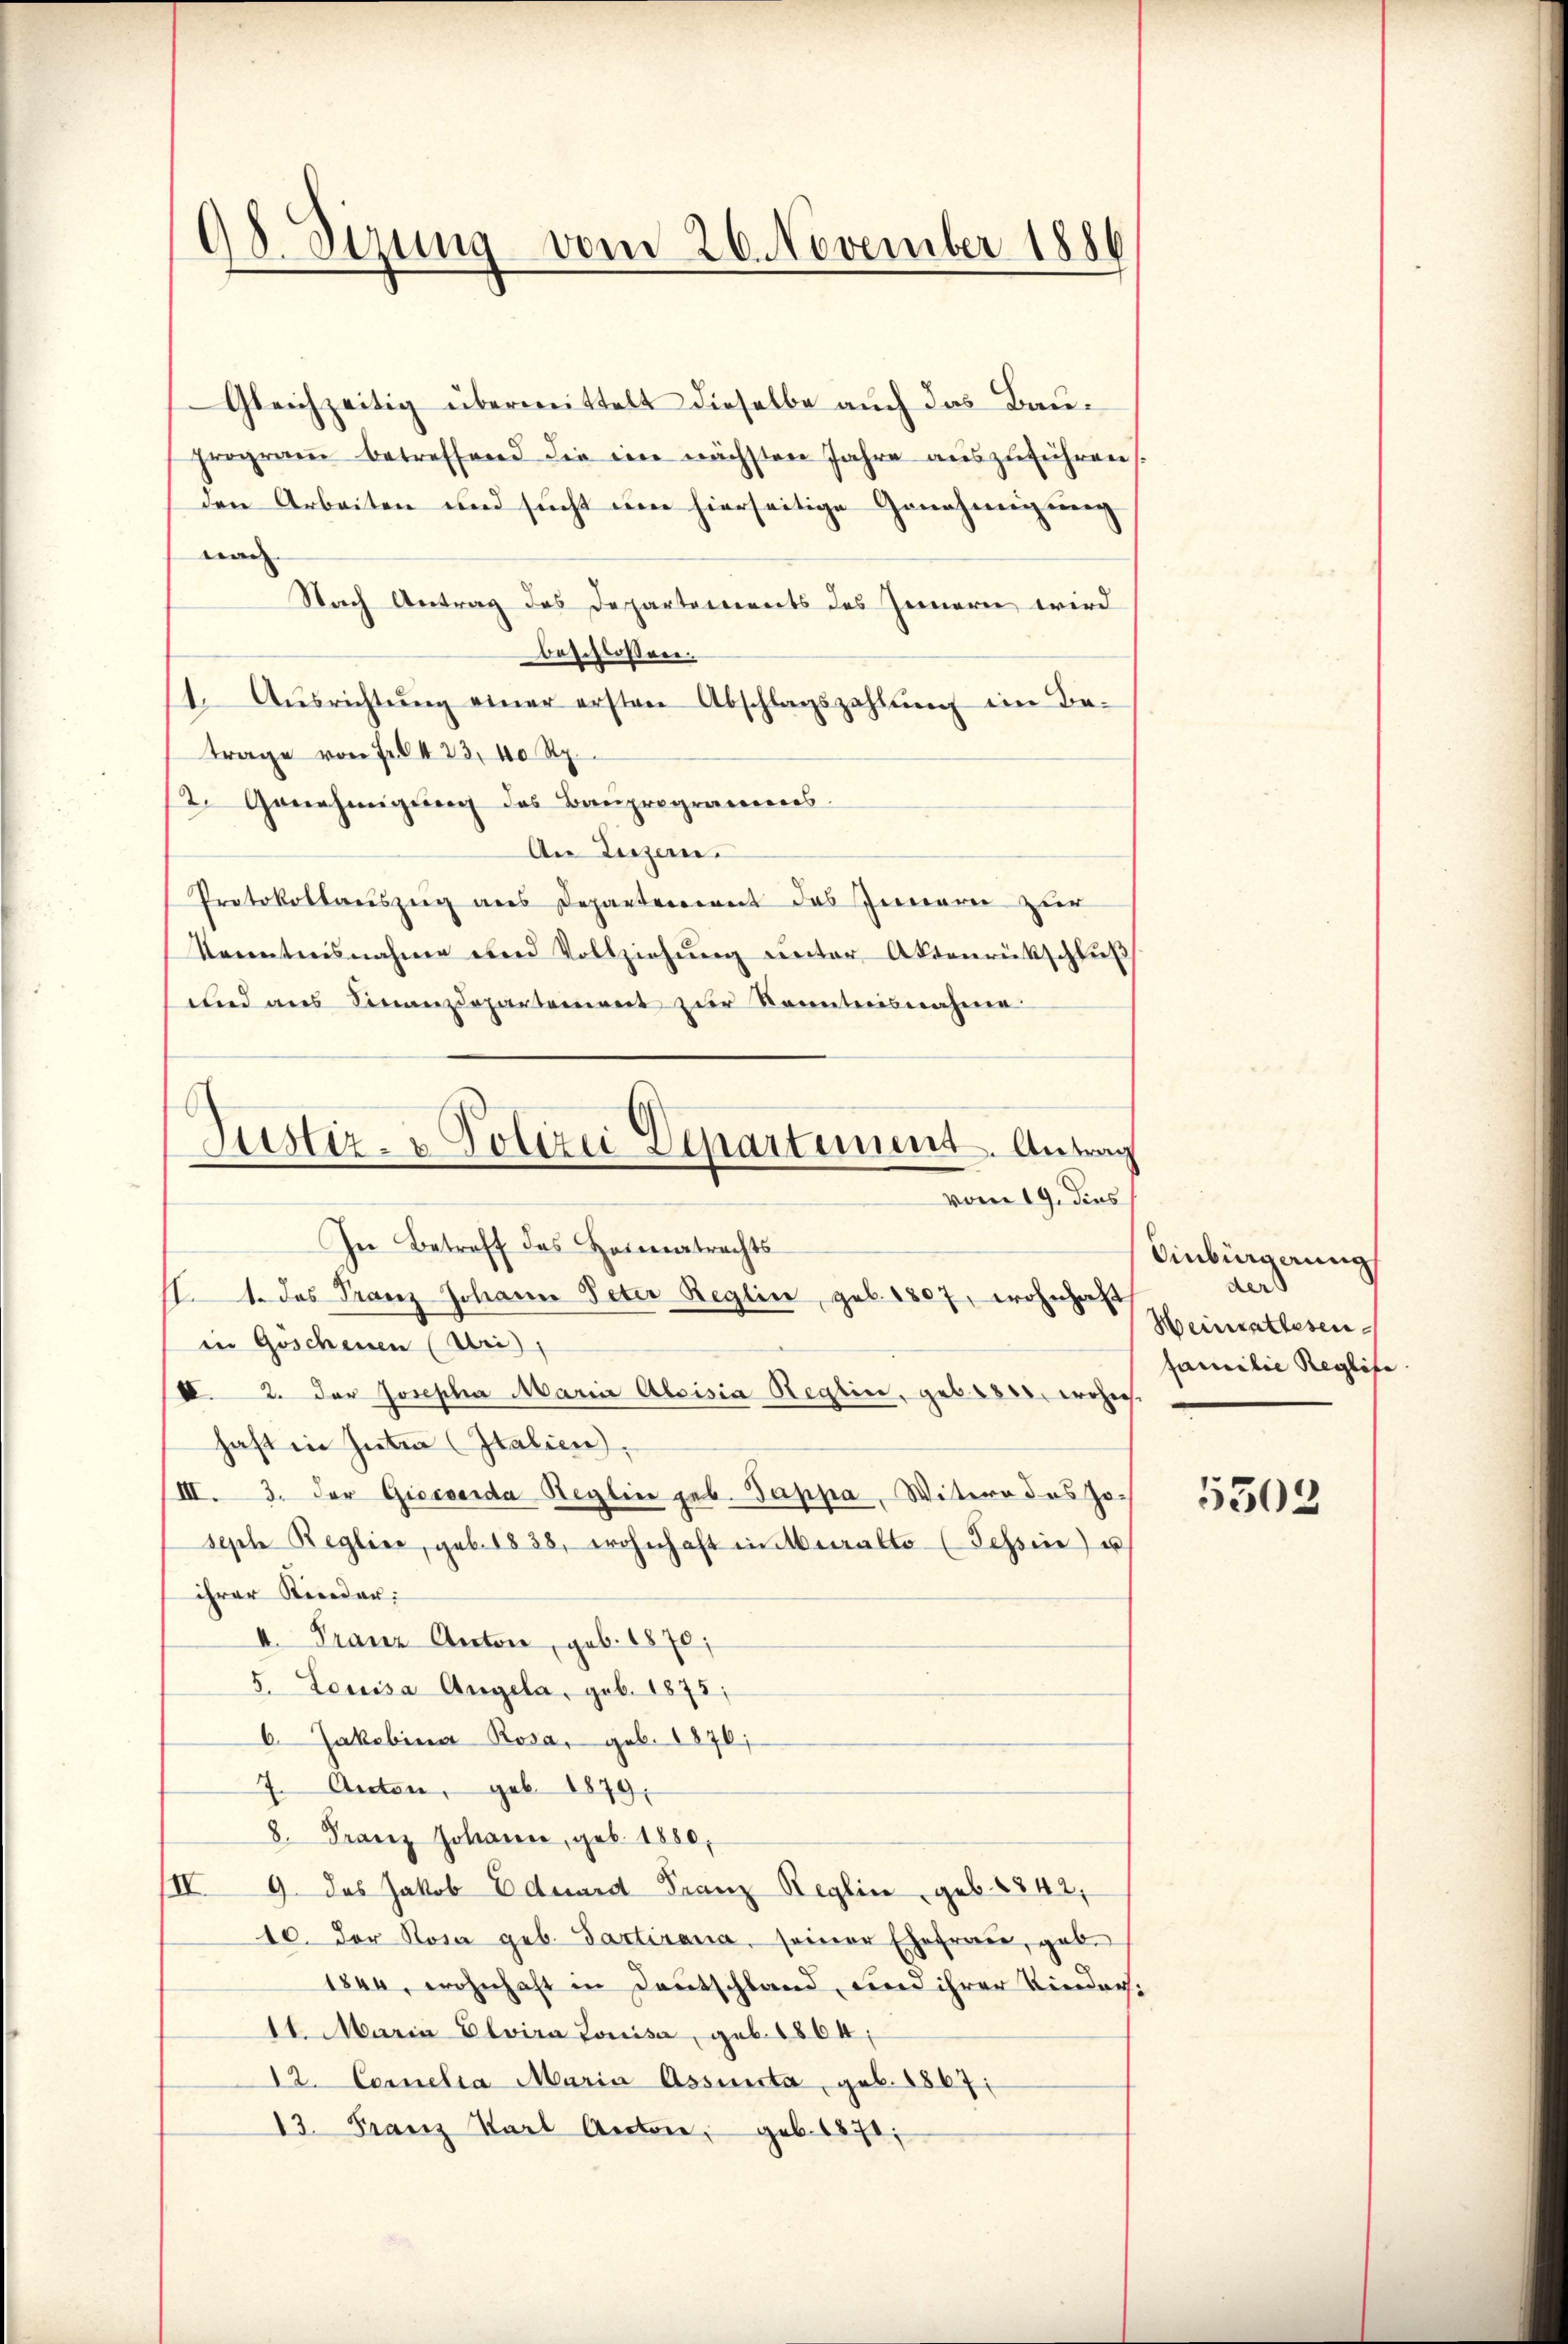
98. Dirung vom 26. November 1886

Justiz- & Polizei Departement. Antrag
vom 19. dies
In Betreff des Heimatrachts-

Gleichzeitig übermittelt dieselbe auch das Bauprograṁ betreffend die im nächsten Jahre aŭszŭführen,
den Arbeiten und sucht um hierseitige Genehmigung
nach
Nach Antrag des Departements des Innern wird
beschlossen.
1. Aŭsrichtŭng einer ersten Abschlagszahlŭng ein Ba-
trage von Fr. 423, 40 Rp.
2. Genehmigŭng des Bauprogramms.
An Luzern.
Protokollauszeig aus Departement des Innern zur
Kenntnisnahme und Vollziehŭng ŭnter Aktenrückschlŭβ
und ans Finanzdepartement zur Kenntnisnahme
II.1. das Franz Johann Peter Reglin, geb. 1807, wohnhaft
in Goschenen (Uri),
IV. 2. Der Josepha Marii Aloisia Reglin, gebr 840, wohnes.
haft in Inten Italien),
III. 3. Der Giesserda Reglin geb. Tappa, Witere des Joseph Regline, geb. 1838, wohnhaft in uralto (Tessin u
ihrer Kinder:
I. Franz Anton, geb. 1870;
5. Leuisa Angela, geb. 1875;
6. Jakobina Rosa, geb. 1876;
7. Acten, geb. 1879.
8. Franz Johanne, geb. 1880,
III 9. das Jakob Eduard Franz Reglin, geb. 1842,
10. Der Rosa geb. Partirana, seiner Ehefrau, geb.
1844, wohnhaft in Deutschland, und ihrer Kinders.
14. Maria Elvira Louisa, geb. 1864;
22. Cerelia Maria Assenta, geb. 1867:
13. Franz Karl Anton, geb. 1871;

Einbürgerung
der
Heinrathesen
familie Reglife

5302